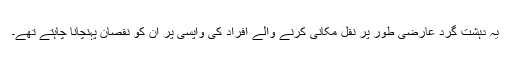
یہ دہشت گرد عارضی طور پر نقل مکانی کرنے والے افراد کی واپسی پر ان کو نقصان پہنچانا چاہتے تھے۔